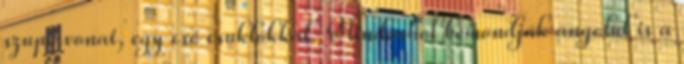
szupervonat, egy cső csuklókkal. Mindenhol bemondják angolul is a